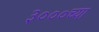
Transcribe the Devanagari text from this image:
३०००च्या